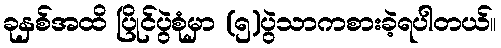
ခုနှစ်အထိ ပြိုင်ပွဲစုံမှာ (၅)ပွဲသာကစားခဲ့ရပါတယ်။